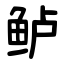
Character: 鲈